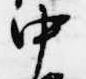
中